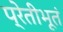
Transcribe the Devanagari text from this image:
प्रेतीभूतं